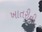
ખાતરીની